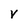
Character: V